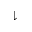
\downharpoonright